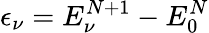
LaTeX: \epsilon_{\nu}=E_{\nu}^{N+1}-E_{0}^{N}